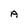
Character: A